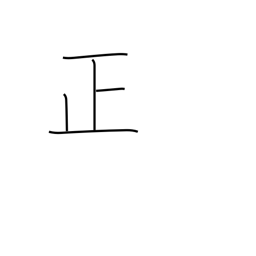
Meaning: righteous